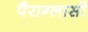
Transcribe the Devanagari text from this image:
पैराग्लासी